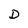
Character: D